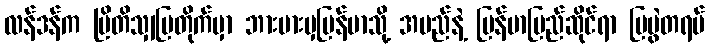
လန်ဒန်က ဗြိတိသျှပြတိုက်မှာ ဘားမားမှမြန်မာသို့ အမည်နဲ့ မြန်မာပြည်ဆိုင်ရာ ပြပွဲတရပ်